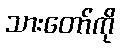
သားတော်ကို